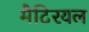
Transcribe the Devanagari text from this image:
मैटिरयल